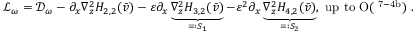
\begin{array} { r } { \mathcal { L } _ { \omega } = \mathcal { D } _ { \omega } - \partial _ { x } \nabla _ { z } ^ { 2 } H _ { 2 , 2 } ( \bar { v } ) - \varepsilon \partial _ { x } \underbrace { \nabla _ { z } ^ { 2 } H _ { 3 , 2 } ( \bar { v } ) } _ { = : S _ { 1 } } - \varepsilon ^ { 2 } \partial _ { x } \underbrace { \nabla _ { z } ^ { 2 } H _ { 4 , 2 } ( \bar { v } ) } _ { = : S _ { 2 } } , \mathrm { ~ u p ~ t o ~ O ( \varepsilon ^ { 7 - 4 b } ) ~ . } } \end{array}